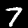
Label: 7